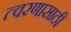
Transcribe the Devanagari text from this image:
त्वरणासाठी